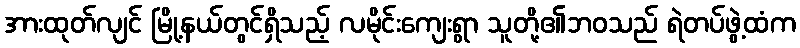
အားထုတ်လျင် မြို့နယ်တွင်ရှိသည့် လမိုင်းကျေးရွာ သူတို့၏ဘဝသည် ရဲတပ်ဖွဲ့ထံက